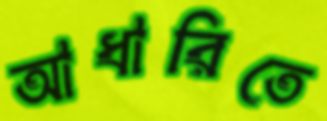
আধারিতে